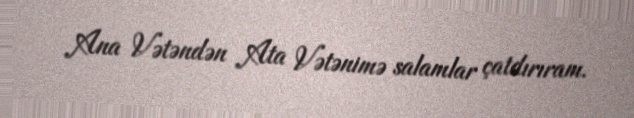
Ana Vətəndən Ata Vətənimə salamlar çatdırıram.